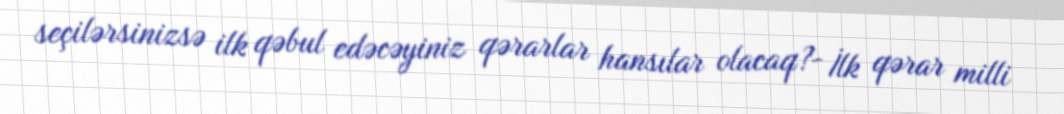
seçilərsinizsə ilk qəbul edəcəyiniz qərarlar hansılar olacaq?- İlk qərar milli